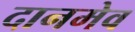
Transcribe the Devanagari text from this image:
दानमेव